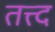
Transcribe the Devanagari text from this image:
तत्त्द